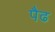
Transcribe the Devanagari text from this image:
पैढ